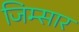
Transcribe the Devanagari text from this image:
जिम्सार